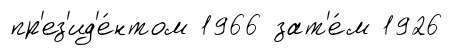
пр'ез'ид'е́нтом 1966 зат'е́м 1926